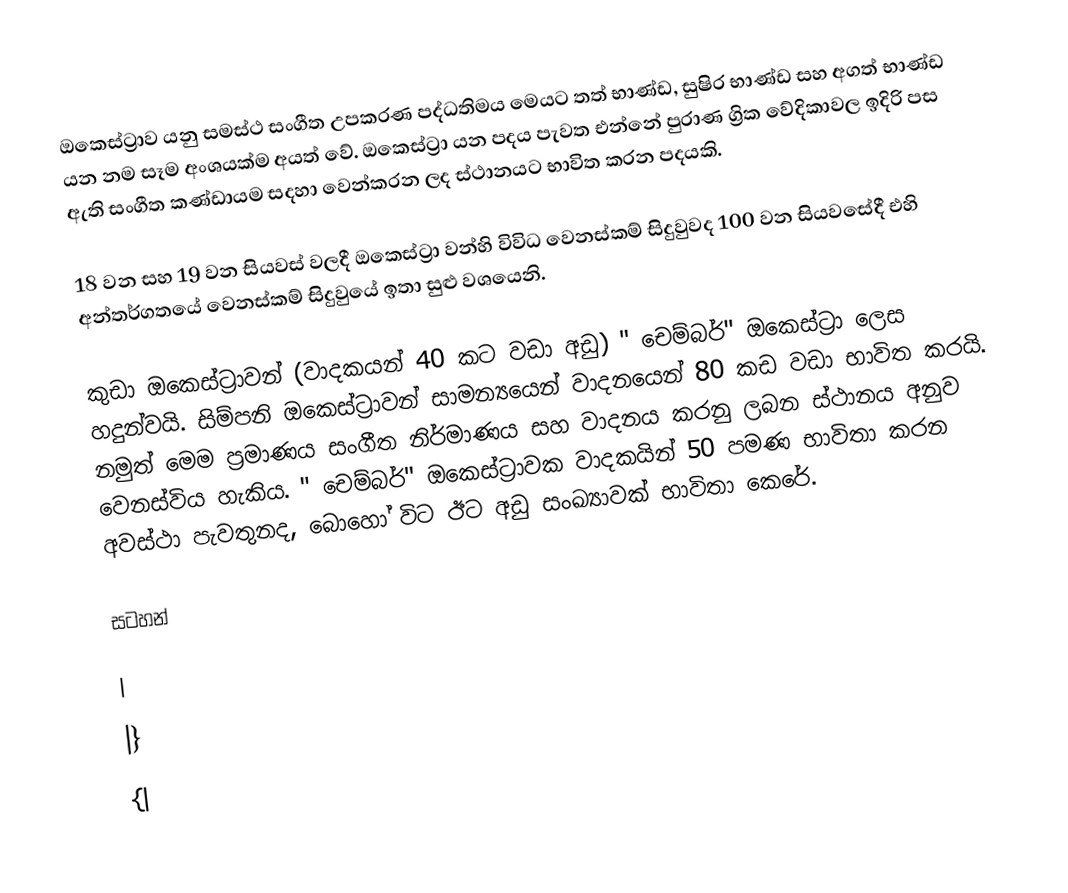
ඔකෙස්ට්‍රාව යනු සමස්ථ සංගීත උපකරණ පද්ධතිමය මෙයට තත් භාණ්ඩ, සුෂිර භාණ්ඩ සහ අගත් භාණ්ඩ යන නම සෑම අංශයක්ම අයත් වේ. ඔකෙස්ට්‍රා යන පදය පැවත එන්නේ පුරාණ ග්‍රික වේදිකාවල ඉදිරි පස ඇති සංගීත කණ්ඩායම සදහා වෙන්කරන ලද ස්ථානයට භාවිත කරන පදයකි.

18 වන සහ 19 වන සියවස් වලදී ඔකෙස්ට්‍රා වන්හි විවිධ වෙනස්කම් සිදුවුවද 100 වන සියවසේදී එහි අන්තර්ගතයේ වෙනස්කම් සිදුවුයේ ඉතා සුළු වශයෙනි.

කුඩා ඔකෙස්ට්‍රාවන් (වාදකයන් 40 කට වඩා අඩු) " චෙම්බර්" ඔකෙස්ට්‍රා ලෙස හදුන්වයි. සිම්පනි ඔකෙස්ට්‍රාවන් සාමන්‍යයෙන් වාදනයෙන් 80 කඩ වඩා භාවිත කරයි. නමුත් මෙම ප්‍රමාණය සංගීත නිර්මාණය සහ වාදනය කරනු ලබන ස්ථානය අනුව වෙනස්විය හැකිය. " චෙම්බර්" ඔකෙස්ට්‍රාවක වාදකයින් 50 පමණ භාවිතා කරන අවස්ථා පැවතුනද, බොහෝ විට ඊට අඩු සංඛ්‍යාවක් භාවිතා කෙරේ.

සටහන්

|
|}
{|